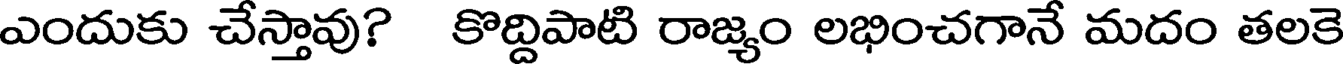
ఎందుకు చేస్తావు? కొద్దిపాటి రాజ్యం లభించగానే మదం తలకె